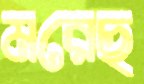
মরেছ